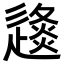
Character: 𨖤